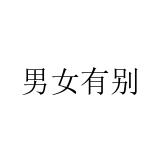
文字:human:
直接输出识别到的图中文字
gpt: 男女有别